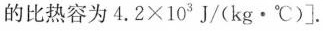
的比热容为4.2×103J/(kg·℃)]。